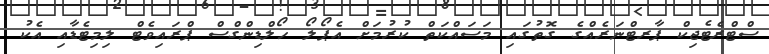
ސްޓްރެޓެޖިކް ޕާރޓްނަރެއްގެ ގޮތުގައި މަސައްކަތް ކުރުމަށް އެޕޯލޯ ހޯލްޑިންގްސް ޕްރައިވެޓް ލިމިޓެޑާއި އެކު